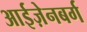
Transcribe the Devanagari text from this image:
आईज़ेनबर्ग